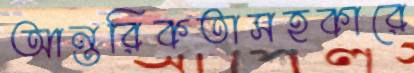
আন্তরিকতাসহকারে